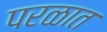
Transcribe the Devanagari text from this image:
परळात